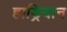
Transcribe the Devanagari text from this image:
हाड्रियान